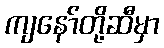
ကျနော်တို့ဆီမှာ